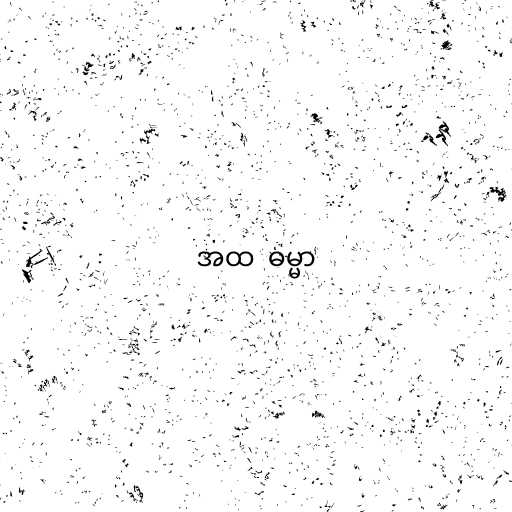
အထ  ဓမ္မာ